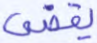
يقضى